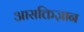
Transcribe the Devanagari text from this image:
आसक्तिज्ञान